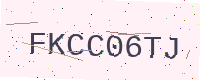
Text: FKCC06TJ